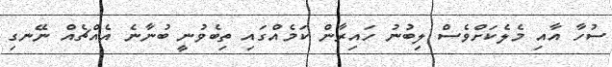
ސުހާ އާއި މެލެކަށްވެސް ލިބުނު ހައިރާން ކަމެއްގައި ތިބެވުނީ ބުނާނެ އެއްޗެއް ނޭނގި